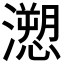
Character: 𭳏